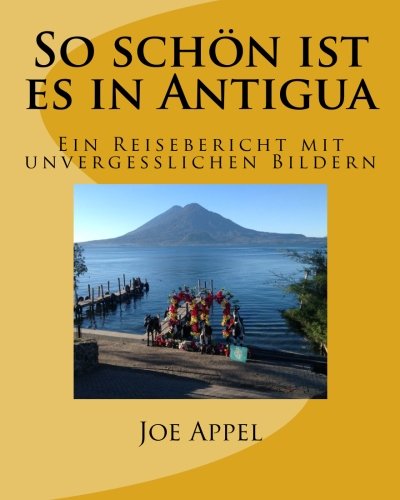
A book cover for So schÃ¶n ist es in Antigua: Ein Reisebericht mit unvergesslichen Bildern (German Edition); Joe Appel; Travel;